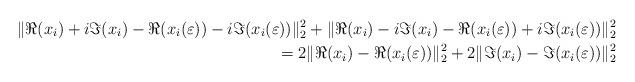
LaTeX: \begin{align*}\|\Re(x_i)+i\Im(x_i)-\Re(x_i(\varepsilon))-i\Im(x_i(\varepsilon))\|_2^2 +\|\Re(x_i)-i\Im(x_i)-\Re(x_i(\varepsilon))+i\Im(x_i(\varepsilon))\|_2^2 \\=2\|\Re(x_i)-\Re(x_i(\varepsilon))\|_2^2+2\|\Im(x_i)-\Im(x_i(\varepsilon))\|_2^2\end{align*}